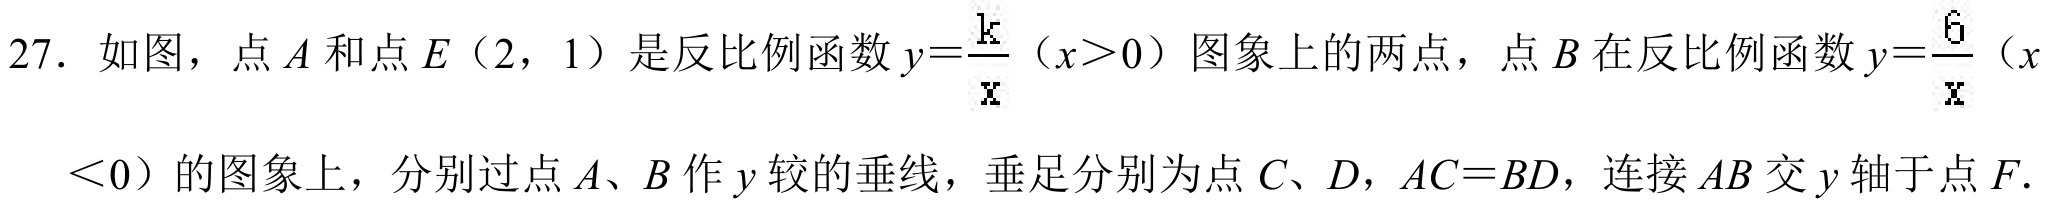
27. 如图，点 \(A\) 和点 \(E(2,1)\) 是反比例函数 \(y = \frac{k}{x}(x>0)\) 图象上的两点，点 \(B\) 在反比例函数 \(y=\frac{6}{x}(x
\( < 0)\) 的图象上，分别过点 \(A\)、\(B\) 作 \(y\) 轴的垂线，垂足分别为点 \(C\)、\(D\)，\(AC = BD\)，连接 \(AB\) 交 \(y\) 轴于点 \(F\).